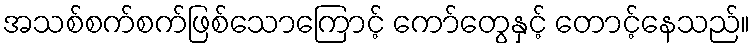
အသစ်စက်စက်ဖြစ်သောကြောင့် ကော်တွေနှင့် တောင့်နေသည်။